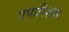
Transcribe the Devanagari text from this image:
एपारिशंस